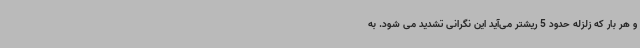
و هر بار که زلزله حدود 5 ریشتر می‌آید این نگرانی تشدید می شود. به